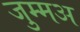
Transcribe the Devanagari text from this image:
जुम्मअ